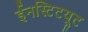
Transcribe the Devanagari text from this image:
ईनस्टिटयूट